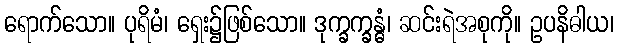
ရောက်သော။ ပုရိမံ၊ ရှေး၌ဖြစ်သော။ ဒုက္ခက္ခန္ဓံ၊ ဆင်းရဲအစုကို။ ဥပနိဓါယ၊